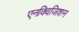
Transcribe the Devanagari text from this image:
एनक्विजिशन